Report of the Municipal Commissioner on the plague in Bombay for the year ending 31st May... - Volume 1
Disease focus: Plague
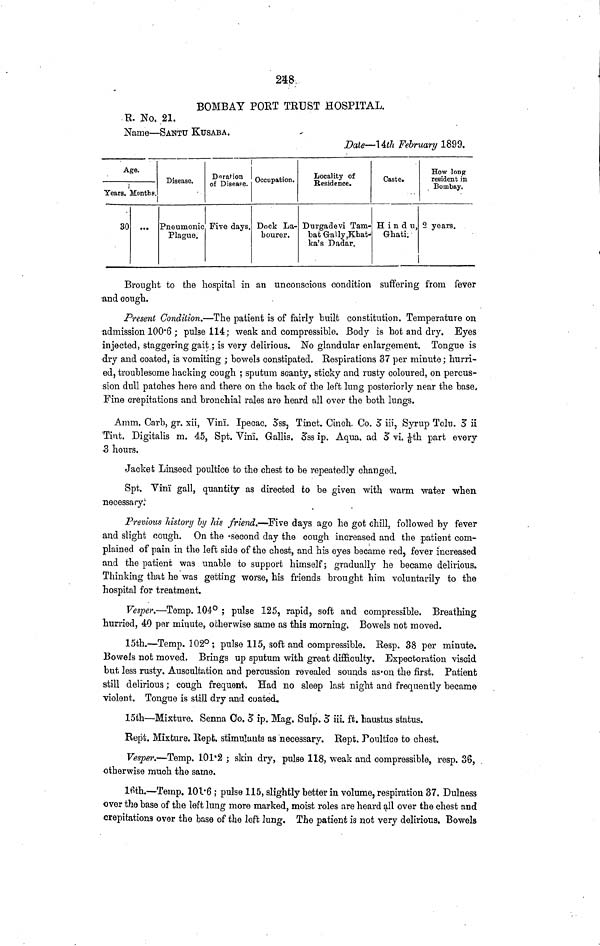
248
BOMBAY PORT TRUST HOSPITAL.
R. No. 21.
Name—SANTU KUSABA.
Date—14th February 1899.
Age.
Years. Months.
30
Disease.
Pneumonic
Plague.
Duration
of Disease.
Five days.
Occupation.
Dock La-
bourer.
Locality of
Residence.
Durgadevi Tam-
bat Gally,Khat-
ka's Dadar.
Caste.
Hindu,
Ghati:
How long
resident in
Bombay.
2 years.
Brought to the hospital in an unconscious condition suffering from fever
and cough.
Present Condition.—The patient is of fairly built constitution. Temperature on
admission 100·6 ; pulse 114; weak and compressible. Body is hot and dry. Eyes
injected, staggering gait ; is very delirious. No glandular enlargement. Tongue is
dry and coated, is vomiting ; bowels constipated. Respirations 37 per minute; hurri-
ed, troublesome hacking cough ; sputum scanty, sticky and rusty coloured, on percus-
sion dull patches here and there on the back of the left lung posteriorly near the base,
Fine crepitations and bronchial rales are heard all over the both lungs.
Amm, Carb, gr. xii, Vinï. Ipecac. 3ss, Tinct. Cinch. Co. 3 iii, Syrup Tolu. 5 ii
Tint. Digitalis m. 45, Spt. Vinï. Gallis. 3ss ip. Aqua. ad 3 vi. 1/6th part every
3 hours.
Jacket Linseed poultice to the chest to be repeatedly changed.
Spt. Vinï gall, quantity as directed to be given with warm water when
necessary:
Previous history by his friend.—Five days ago he got chill, followed by fever
and slight cough. On the ·second day the cough increased and the patient com-
plained of pain in the left side of the chest, and his eyes became red, fever increased
and the patient was unable to support himself; gradually he became delirious.
Thinking that he was getting worse, his friends brought him voluntarily to the
hospital for treatment.
Vesper.—Temp. 104° ; pulse 125, rapid, soft and compressible. Breathing
hurried, 40 per minute, otherwise same as this morning. Bowels not moved.
15th.—Temp. 102°; pulse 115, soft and compressible. Resp. 38 per minute.
Bowels not moved. Brings up sputum with great difficulty. Expectoration viscid
but less rusty. Auscultation and percussion revealed sounds as·on the first. Patient
still delirious ; cough frequent. Had no sleep last night and frequently became
violent. Tongue is still dry and coated.
15th—Mixture. Senna Co. 3 ip. Mag. Sulp. 3 iii. ft. haustus status.
Rept. Mixture. Rept. stimulants as necessary. Rept. Poultice to chest.
Vesper.—Temp. 101*2 ; skin dry, pulse 118, weak and compressible, resp. 36,
otherwise much the saine.
16th.—Temp. 101·6 ; pulse 115, slightly better in volume, respiration 37. Dulness
over the base of the left lung more marked, moist roles are heard all over the chest and
crepitations over the base of the left Jung. The patient is not very delirious. Bowels